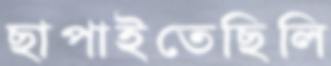
ছাপাইতেছিলি